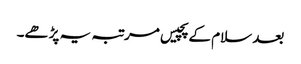
بعد سلام کے پچیس مرتبہ یہ پڑھے۔